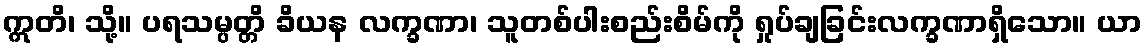
ဣတိ၊ သို့။ ပရသမ္ပတ္တိ ခိယန လက္ခဏာ၊ သူတစ်ပါးစည်းစိမ်ကို ရှုပ်ချခြင်းလက္ခဏာရှိသော။ ယာ